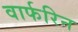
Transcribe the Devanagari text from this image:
वार्फरिन